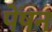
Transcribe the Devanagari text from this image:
पेंषन